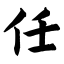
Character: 任